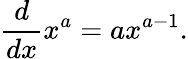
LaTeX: {\frac{d}{dx}}x^{a}=ax^{a-1}.